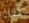
ذلك